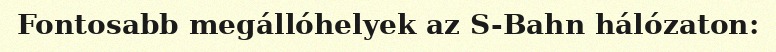
Fontosabb megállóhelyek az S-Bahn hálózaton: